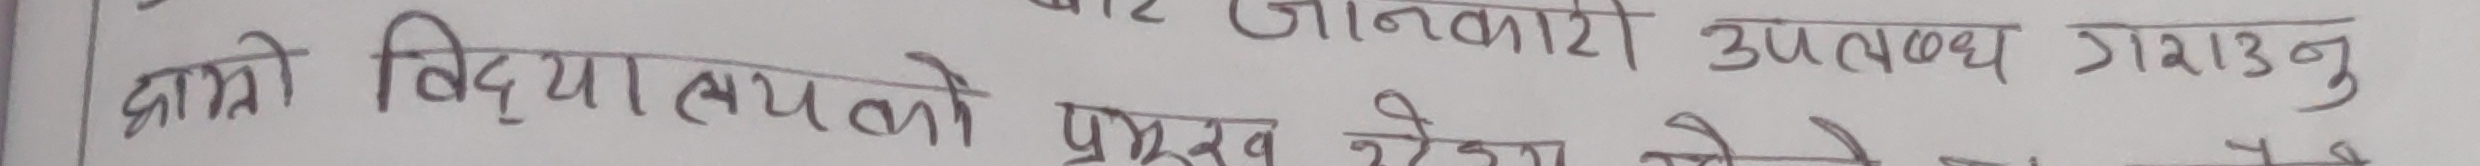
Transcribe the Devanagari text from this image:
बारे जानकारी उपलब्ध गराउनु
हाम्रो विद्यालयको प्रमुख श्रेया